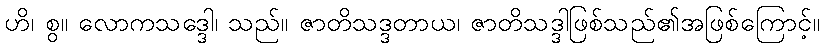
ဟိ၊ စွ။ လောကသဒ္ဒေါ၊ သည်။ ဇာတိသဒ္ဒတာယ၊ ဇာတိသဒ္ဒါဖြစ်သည်၏အဖြစ်ကြောင့်။